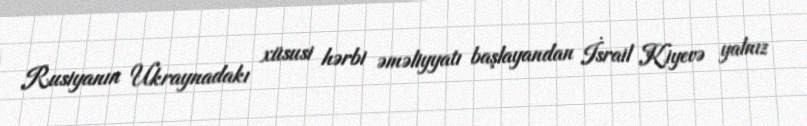
Rusiyanın Ukraynadakı xüsusi hərbi əməliyyatı başlayandan İsrail Kiyevə yalnız